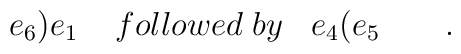
e_{6}\mathbf{)}e_{1}\;\;\;\;followed\;by\;\;\;e_{4}\mathbf{(}e_{5}\quad\quad .